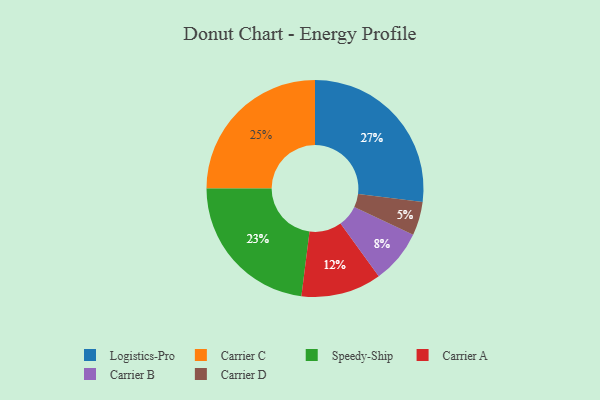
{"axis": {"x": "Category", "y": "Percentage"}, "legend": ["Carrier A", "Carrier B", "Carrier C", "Carrier D", "Logistics-Pro", "Speedy-Ship"], "data": [{"x": "Carrier A", "y": 12, "type": "Carrier A"}, {"x": "Carrier C", "y": 25, "type": "Carrier C"}, {"x": "Carrier D", "y": 5, "type": "Carrier D"}, {"x": "Logistics-Pro", "y": 27, "type": "Logistics-Pro"}, {"x": "Carrier B", "y": 8, "type": "Carrier B"}, {"x": "Speedy-Ship", "y": 23, "type": "Speedy-Ship"}]}